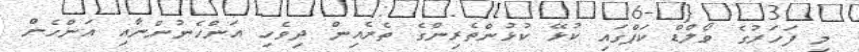
މި ފަހަރުގެ ވޯލްޑް ކަޕްގައި ކުޅޭ ކުޅުންތެރިންގެ ތެރެއިން ދިވެހި އަންހެނުންނާއި އަންހެން